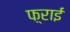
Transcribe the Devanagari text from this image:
फ़्राई